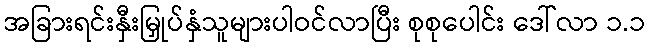
အခြားရင်းနှီးမြှုပ်နှံသူများပါဝင်လာပြီး စုစုပေါင်း ဒေါ်လာ ၁.၁